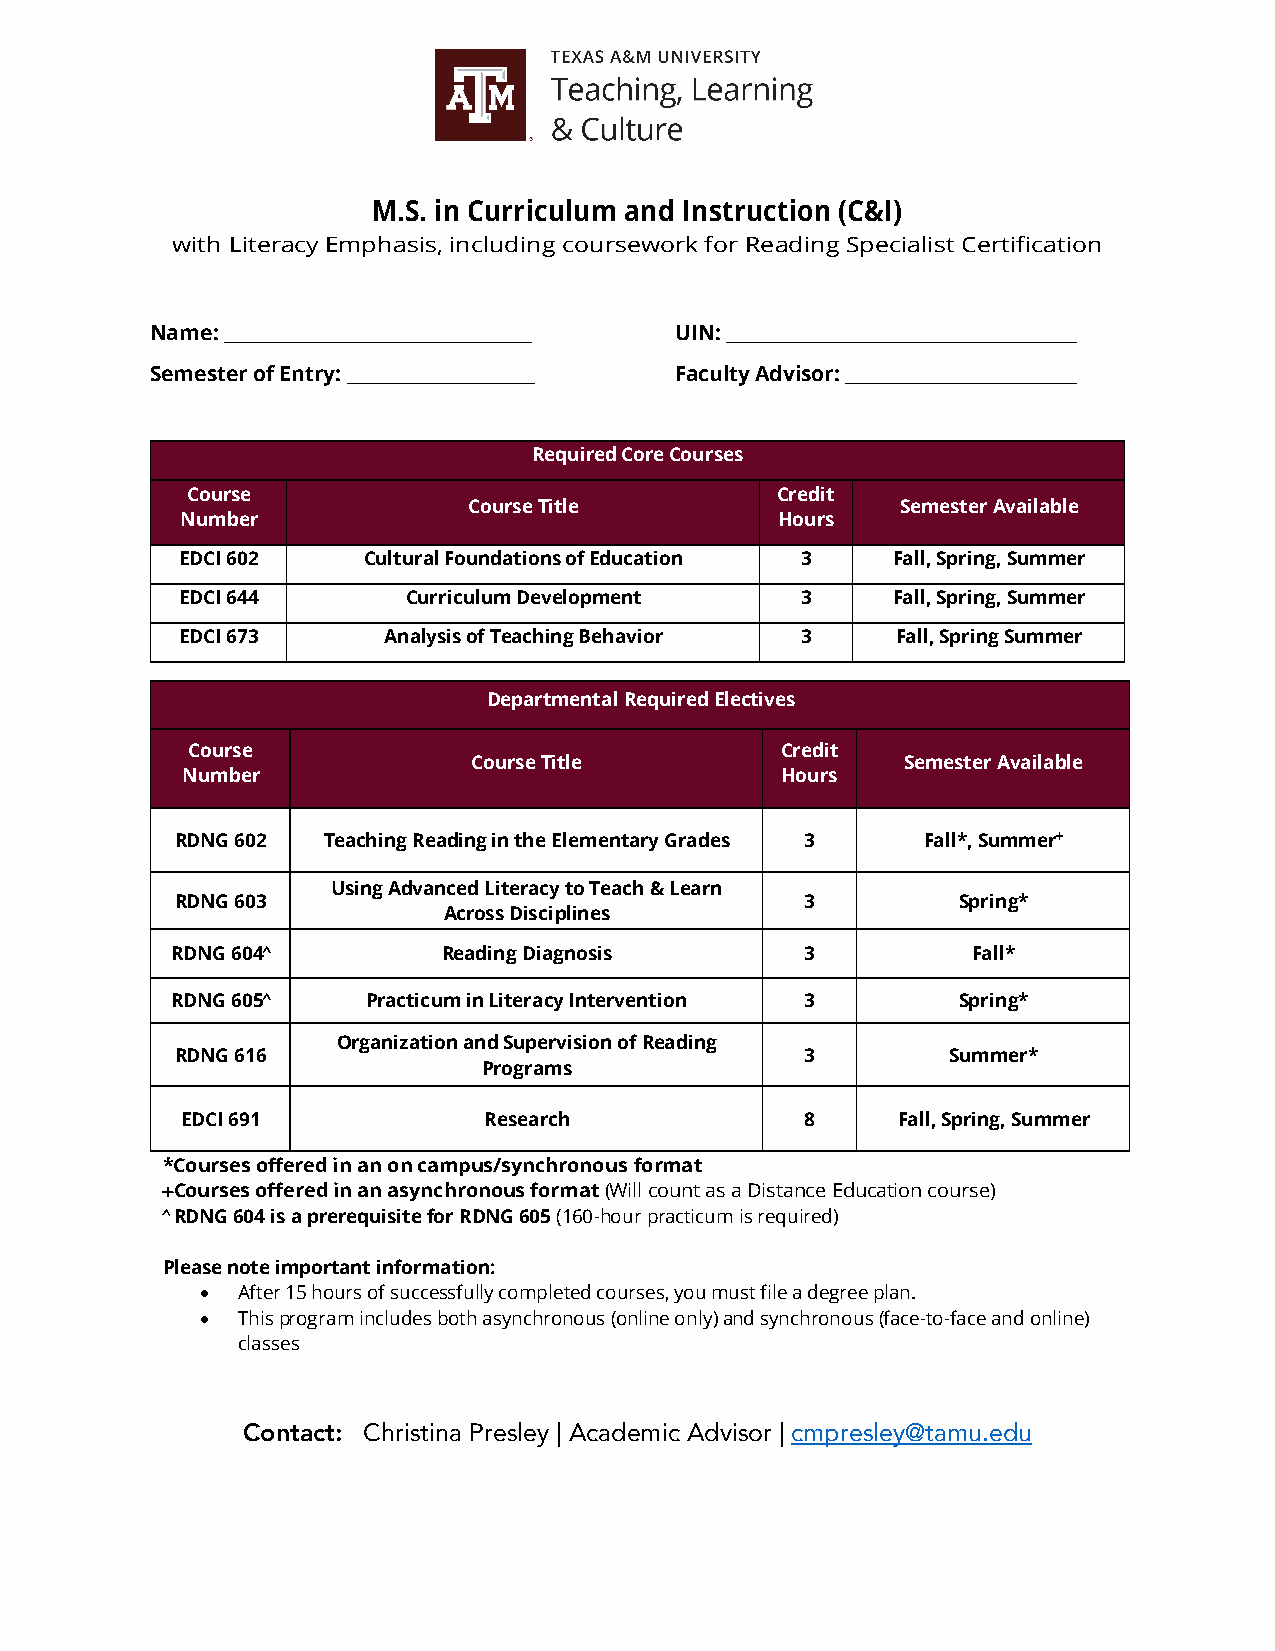
M.S. in Curriculum and Instruction (C&I)
 with Literacy Emphasis, including coursework for Reading Specialist Certification
 Name: ____________________________________ UIN: _________________________________________
 Semester of Entry: ______________________ Faculty Advisor: ___________________________
 Required Core Courses
 Course                                 Credit
 Course Title                 Semester Available
 Number                                  Hours
 EDCI 602    Cultural Foundations of Education 3 Fall, Spring, Summer
 EDCI 644       Curriculum Development    3     Fall, Spring, Summer
 EDCI 673     Analysis of Teaching Behavior 3   Fall, Spring Summer
 Departmental Required Electives
 Course                                  Credit
 Course Title                 Semester Available
 Number                                  Hours
 RDNG 602 Teaching Reading in the Elementary Grades 3 Fall*, Summer+
 Using Advanced Literacy to Teach & Learn
 RDNG 603                                 3         Spring*
 Across Disciplines
 RDNG 604Ù         Reading Diagnosis       3          Fall*
 RDNG 605Ù    Practicum in Literacy Intervention 3   Spring*
 Organization and Supervision of Reading
 RDNG 616                                 3         Summer*
 Programs
 EDCI 691            Research             8     Fall, Spring, Summer
 *Courses offered in an on campus/synchronous format
 +Courses offered in an asynchronous format (Will count as a Distance Education course)
 Ù RDNG 604 is a prerequisite for RDNG 605 (160-hour practicum is required)
 Please note important information:
 •  After 15 hours of successfully completed courses, you must file a degree plan.
 •  This program includes both asynchronous (online only) and synchronous (face-to-face and online)
 classes
 Contact: Christina Presley | Academic Advisor | cmpresley@tamu.edu